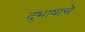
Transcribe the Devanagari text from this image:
दुभाषाचे